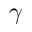
\gamma